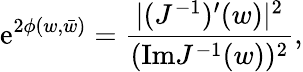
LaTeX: \mathrm{e}^{2\phi(w,\bar{{w}})}={\frac{{|(J^{-1})^{\prime}(w)|^{2}}}{{(\mathrm{{Im}}J^{-1}(w))^{2}}}},